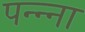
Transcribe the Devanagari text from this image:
पन्‍न्‍ना